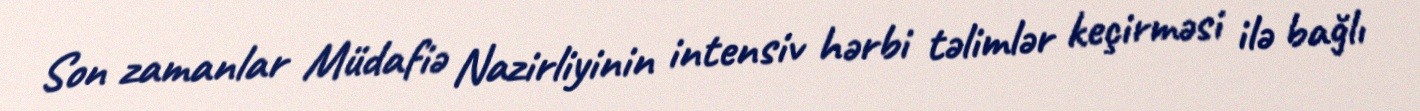
Son zamanlar Müdafiə Nazirliyinin intensiv hərbi təlimlər keçirməsi ilə bağlı